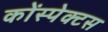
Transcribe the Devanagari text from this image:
कोंस्पेक्टस